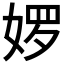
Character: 𮱊